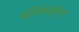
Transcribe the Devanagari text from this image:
मरिमेलेना